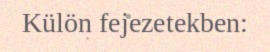
Külön fejezetekben: